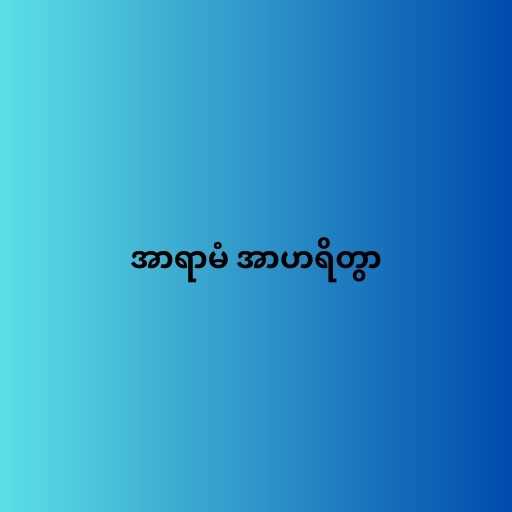
အာရာမံ အာဟရိတွာ